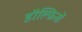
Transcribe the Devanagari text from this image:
डॉल्फ़िनों